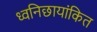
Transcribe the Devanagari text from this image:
ध्वनिछायांकित